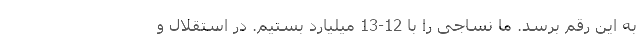
به این رقم برسد. ما نساجی را با 12-13 میلیارد بستیم. در استقلال و